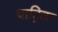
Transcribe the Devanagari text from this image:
पाट्रिक